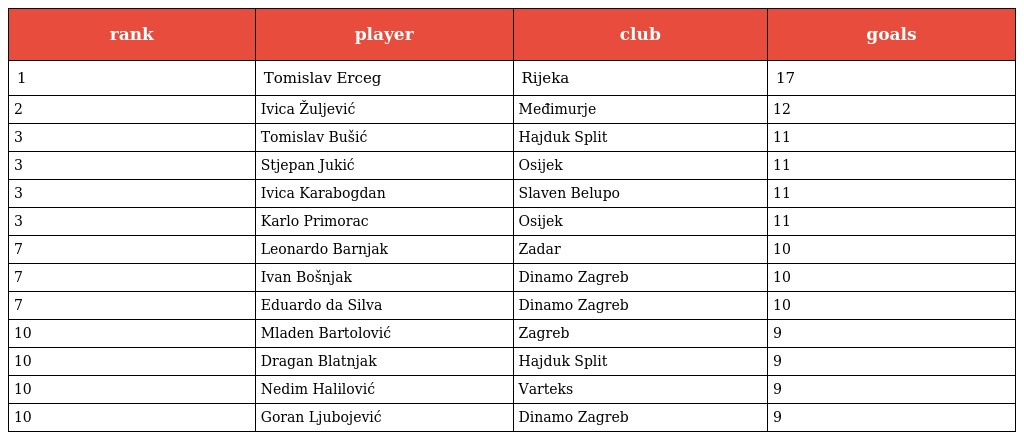
| rank | player | club | goals |
 | --- | --- | --- | --- |
 | 1 | Tomislav Erceg | Rijeka | 17 |
 | 2 | Ivica Žuljević | Međimurje | 12 |
 | 3 | Tomislav Bušić | Hajduk Split | 11 |
 | 3 | Stjepan Jukić | Osijek | 11 |
 | 3 | Ivica Karabogdan | Slaven Belupo | 11 |
 | 3 | Karlo Primorac | Osijek | 11 |
 | 7 | Leonardo Barnjak | Zadar | 10 |
 | 7 | Ivan Bošnjak | Dinamo Zagreb | 10 |
 | 7 | Eduardo da Silva | Dinamo Zagreb | 10 |
 | 10 | Mladen Bartolović | Zagreb | 9 |
 | 10 | Dragan Blatnjak | Hajduk Split | 9 |
 | 10 | Nedim Halilović | Varteks | 9 |
 | 10 | Goran Ljubojević | Dinamo Zagreb | 9 |